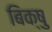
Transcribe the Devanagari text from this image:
बिक्षु